Indian journal of veterinary science and animal husbandry - Volume 9,
Year: 1939
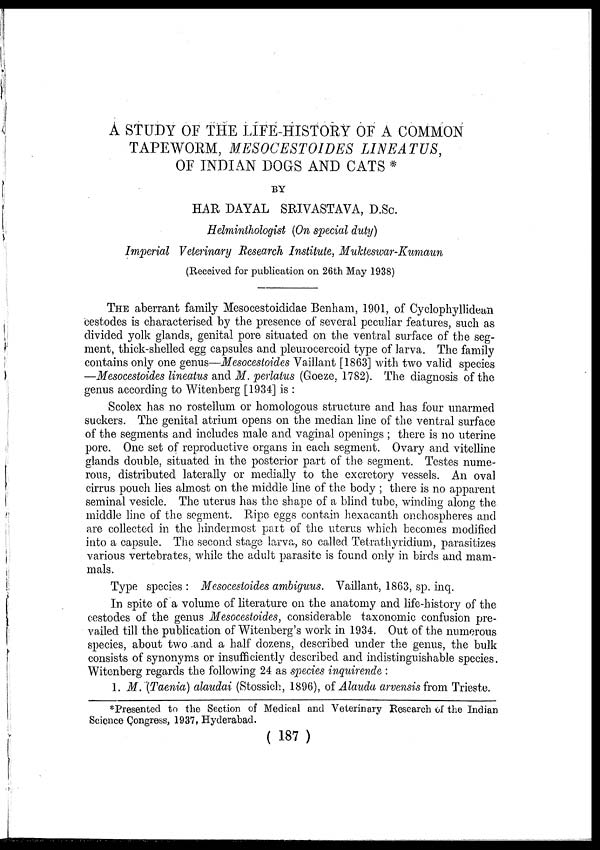
A STUDY OF THE LIFE-HISTORY OF A COMMON
TAPEWORM, MESOCESTOIDES LINEATUS,
OF INDIAN DOGS AND CATS *
BY
HAR DAYAL SRIVASTAVA, D.Sc.
Helminthologist (On special duty)
Imperial Veterinary Research Institute, Mukteswar-Kumaun
(Received for publication on 26th May 1938)
THE aberrant family Mesocestoididae Benham, 1901, of Cyclophyllidean
cestodes is characterised by the presence of several peculiar features, such as
divided yolk glands, genital pore situated on the ventral surface of the seg-
ment, thick-shelled egg capsules and pleurocercoid type of larva. The family
contains only one genus—Mesocestoides Vaillant [1863] with two valid species
—Mesocestoides lineatus and M. perlatus (Goeze, 1782). The diagnosis of the
genus according to Witenberg [1934] is :
Scolex has no rostellum or homologous structure and has four unarmed
suckers. The genital atrium opens on the median line of the ventral surface
of the segments and includes male and vaginal openings ; there is no uterine
pore. One set of reproductive organs in each segment. Ovary and vitelline
glands double, situated in the posterior part of the segment. Testes nume-
rous, distributed laterally or medially to the excretory vessels. An oval
cirrus pouch lies almost on the middle line of the body ; there is no apparent
seminal vesicle. The uterus has the shape of a blind tube, winding along the
middle line of the segment. Ripe eggs contain hexacanth onchospheres and
are collected in the hindermost part of the uterus which becomes modified
into a capsule. The second stage larva, so called Tetrathyridium, parasitizes
various vertebrates, while the adult parasite is found only in birds and mam-
mals.
Type species : Mesocestoides ambiguus. Vaillant, 1863, sp. inq.
In spite of a volume of literature on the anatomy and life-history of the
cestodes of the genus Mesocestoides, considerable taxonomic confusion pre-
vailed till the publication of Witenberg's work in 1934. Out of the numerous
species, about two and a half dozens, described under the genus, the bulk
consists of synonyms or insufficiently described and indistinguishable species.
Witenberg regards the following 24 as species inquirende :
1. M. (Taenia) alaudai (Stossich, 1896), of Alauda arvensis from Trieste.
*Presented to the Section of Medical and Veterinary Research of the Indian
Science Congress, 1937, Hyderabad.
( 187 )